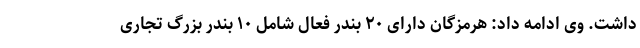
داشت. وی ادامه داد: هرمزگان دارای ۲۰ بندر فعال شامل ۱۰ بندر بزرگ تجاری